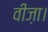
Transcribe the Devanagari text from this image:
वीज़ा।